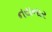
નયનાર